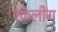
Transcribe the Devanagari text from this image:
एकलीग